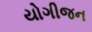
યોગીજન